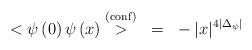
LaTeX: \begin{align*}<\psi\left( 0 \right)\psi\left( x \right) \stackrel{\rm\left( conf\right)}{>}~=~-|x|^{4|\Delta_{\psi}|}\end{align*}